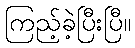
ကြည့်ခဲ့ပြီးပြီ။